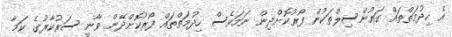
އެ ހިދުމަތްތައް ކައުންސިލްތަކުން ފޯރުކޮށްދިން ނަމަވެސް ހިދުމަތްތައް ފޯރުކޮށްދޭން ވާނީ ސަރުކާރުގެ ކަމާ